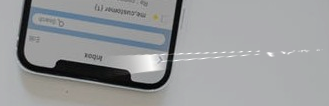
Free WiFi